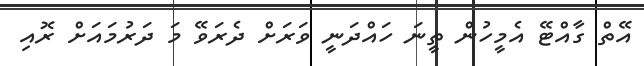
އޭތް ގާއްޓޭ އެމީހުން ތީނަ ހައްދަނީ ވަރަށް ދެރަވޭ މަ ދަރުމައަށް ރޮއި